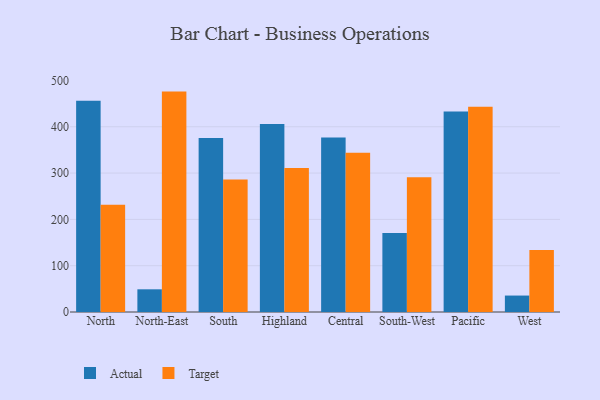
{"axis": {"x": "Region", "y": "Waste Production (Tons)"}, "legend": ["Actual", "Target"], "data": [{"x": "North", "y": 456.3, "type": "Actual"}, {"x": "North", "y": 231.8, "type": "Target"}, {"x": "North-East", "y": 49.0, "type": "Actual"}, {"x": "North-East", "y": 475.9, "type": "Target"}, {"x": "South", "y": 375.5, "type": "Actual"}, {"x": "South", "y": 286.1, "type": "Target"}, {"x": "Highland", "y": 405.8, "type": "Actual"}, {"x": "Highland", "y": 311.0, "type": "Target"}, {"x": "Central", "y": 377.0, "type": "Actual"}, {"x": "Central", "y": 343.7, "type": "Target"}, {"x": "South-West", "y": 170.6, "type": "Actual"}, {"x": "South-West", "y": 291.1, "type": "Target"}, {"x": "Pacific", "y": 432.8, "type": "Actual"}, {"x": "Pacific", "y": 443.1, "type": "Target"}, {"x": "West", "y": 35.5, "type": "Actual"}, {"x": "West", "y": 133.8, "type": "Target"}]}